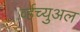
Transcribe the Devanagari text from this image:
र्व्हच्युअल